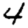
Digit: 4